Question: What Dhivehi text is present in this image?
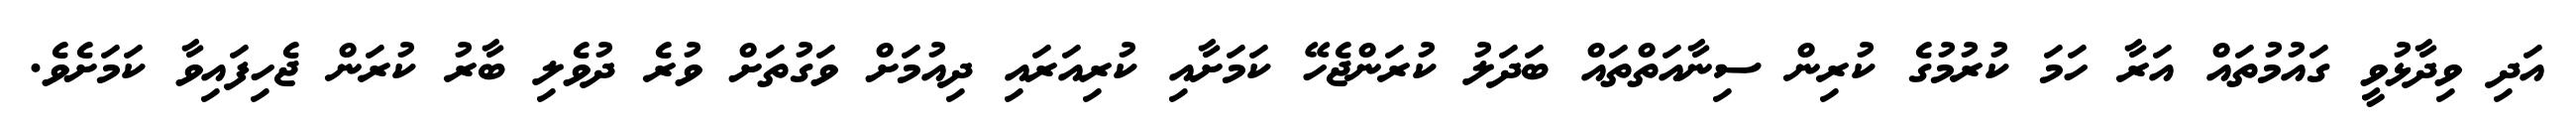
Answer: އަދި ވިދާޅުވީ ގައުމުތައް އަރާ ހަމަ ކުރުމުގެ ކުރިން ސިނާއަތްތައް ބަދަލު ކުރަންޖެހޭ ކަމަށާއި ކުރިއަރައި ދިއުމަށް ވަގުތަށް ވުރެ ދުވެލި ބާރު ކުރަން ޖެހިފައިވާ ކަމަށެވެ.